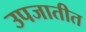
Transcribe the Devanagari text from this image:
उपजातीत